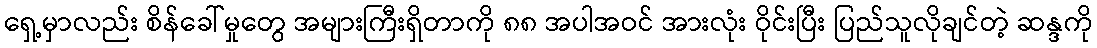
ရှေ့မှာလည်း စိန်ခေါ်မှုတွေ အများကြီးရှိတာကို ၈၈ အပါအဝင် အားလုံး ဝိုင်းပြီး ပြည်သူလိုချင်တဲ့ ဆန္ဒကို